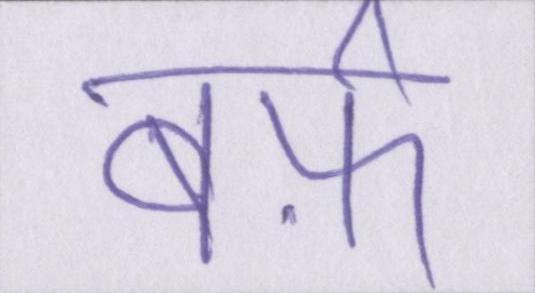
बर्फ़